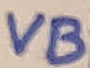
Text: VB